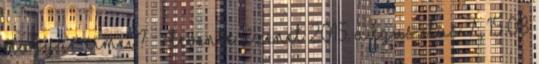
magyar címei? – Rlevente üzenet 2015. augusztus 7., 15:08